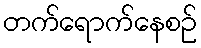
တက်ရောက်နေစဉ်